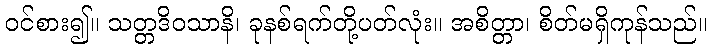
ဝင်စား၍။ သတ္တဒိဝသာနိ၊ ခုနစ်ရက်တို့ပတ်လုံး။ အစိတ္တာ၊ စိတ်မရှိကုန်သည်။